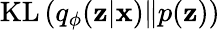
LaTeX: \mathrm{KL}\left(q_{\phi}(\mathbf{z}|\mathbf{x})\| p(\mathbf{z})\right)